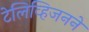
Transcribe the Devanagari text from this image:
टेलिव्हिजनने